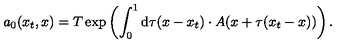
a _ { 0 } ( x _ { t } , x ) = T \exp \left( \int _ { 0 } ^ { 1 } \mathrm { d } \tau ( x - x _ { t } ) \cdot A ( x + \tau ( x _ { t } - x ) ) \right) .